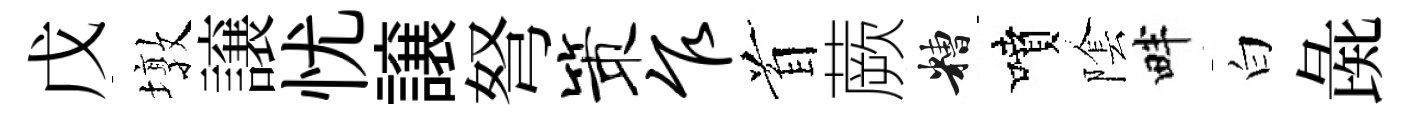
戊墩譲忧譲弩策乍首蕨糟噴隂畔白彘